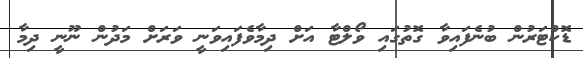
ޑޮކްޓަރުން ބުނެފައިވާ ގޮތުގައި ވޯލްޓާ އަށް ދިމާވެފައިވަނީ ވަރަށް މަދުން ނޫނީ ދިމާ